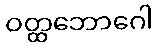
ဝတ္ထဘောဂေါ